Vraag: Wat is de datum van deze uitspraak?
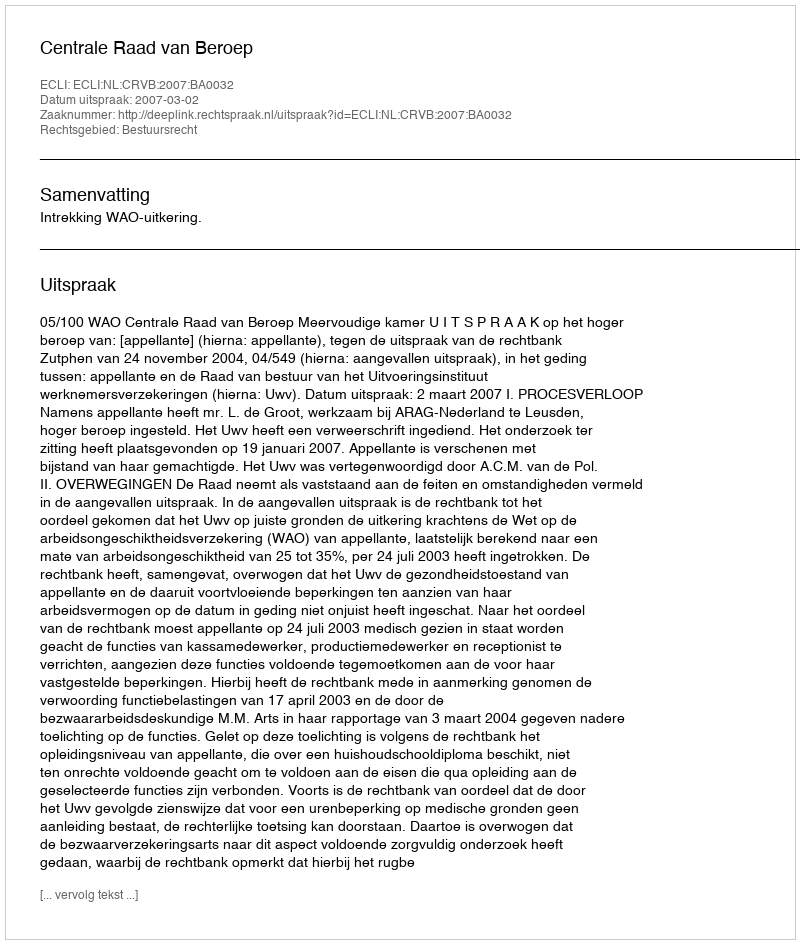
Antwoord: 2007-03-02